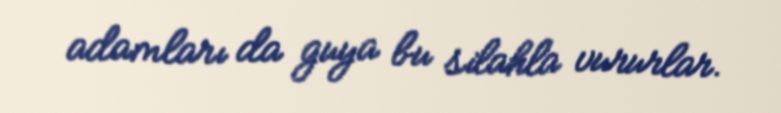
adamları da guya bu silahla vururlar.